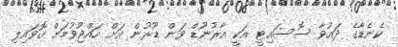
ކެނެޑާގެ ދައުވާ ސޮސައިޓީ އަކީ އާރުނޫޑް ވަން ޑޫރުން އަށް ހައްޖުވުމަށް ގޮވައިލި